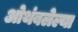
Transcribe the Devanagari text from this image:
ओथंबलेल्या